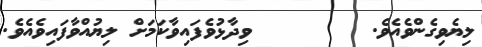
ލިޔެވިގެންވެއެވެ.        ވިދާޅުވެފައިވާކަމަށް ލިޔުއްވާފައިވެއެވެ.